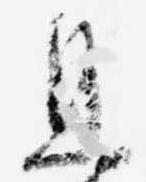
且